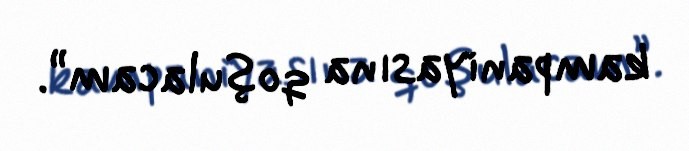
kampaniyasına qoşulacam”.